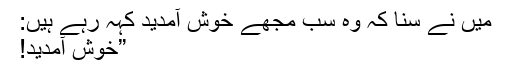
میں نے سنا کہ وہ سب مجھے خوش آمدید کہہ رہے ہیں:
”خوش آمدید!